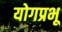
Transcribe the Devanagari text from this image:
योगप्रभू